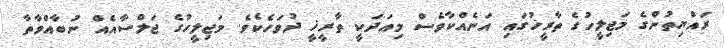
ރައްޔިތުންގެ މަޖިލީހުގެ ތާރީޚުގައި އަނެއްކާވެސް މިއަދަކީ ތާރީޚީ ދުވަހެކެވެ. މަޖިލީހުގެ ޖަލްސާއެއް ނުބާއްވާތާ